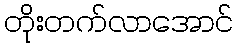
တိုးတက်လာအောင်